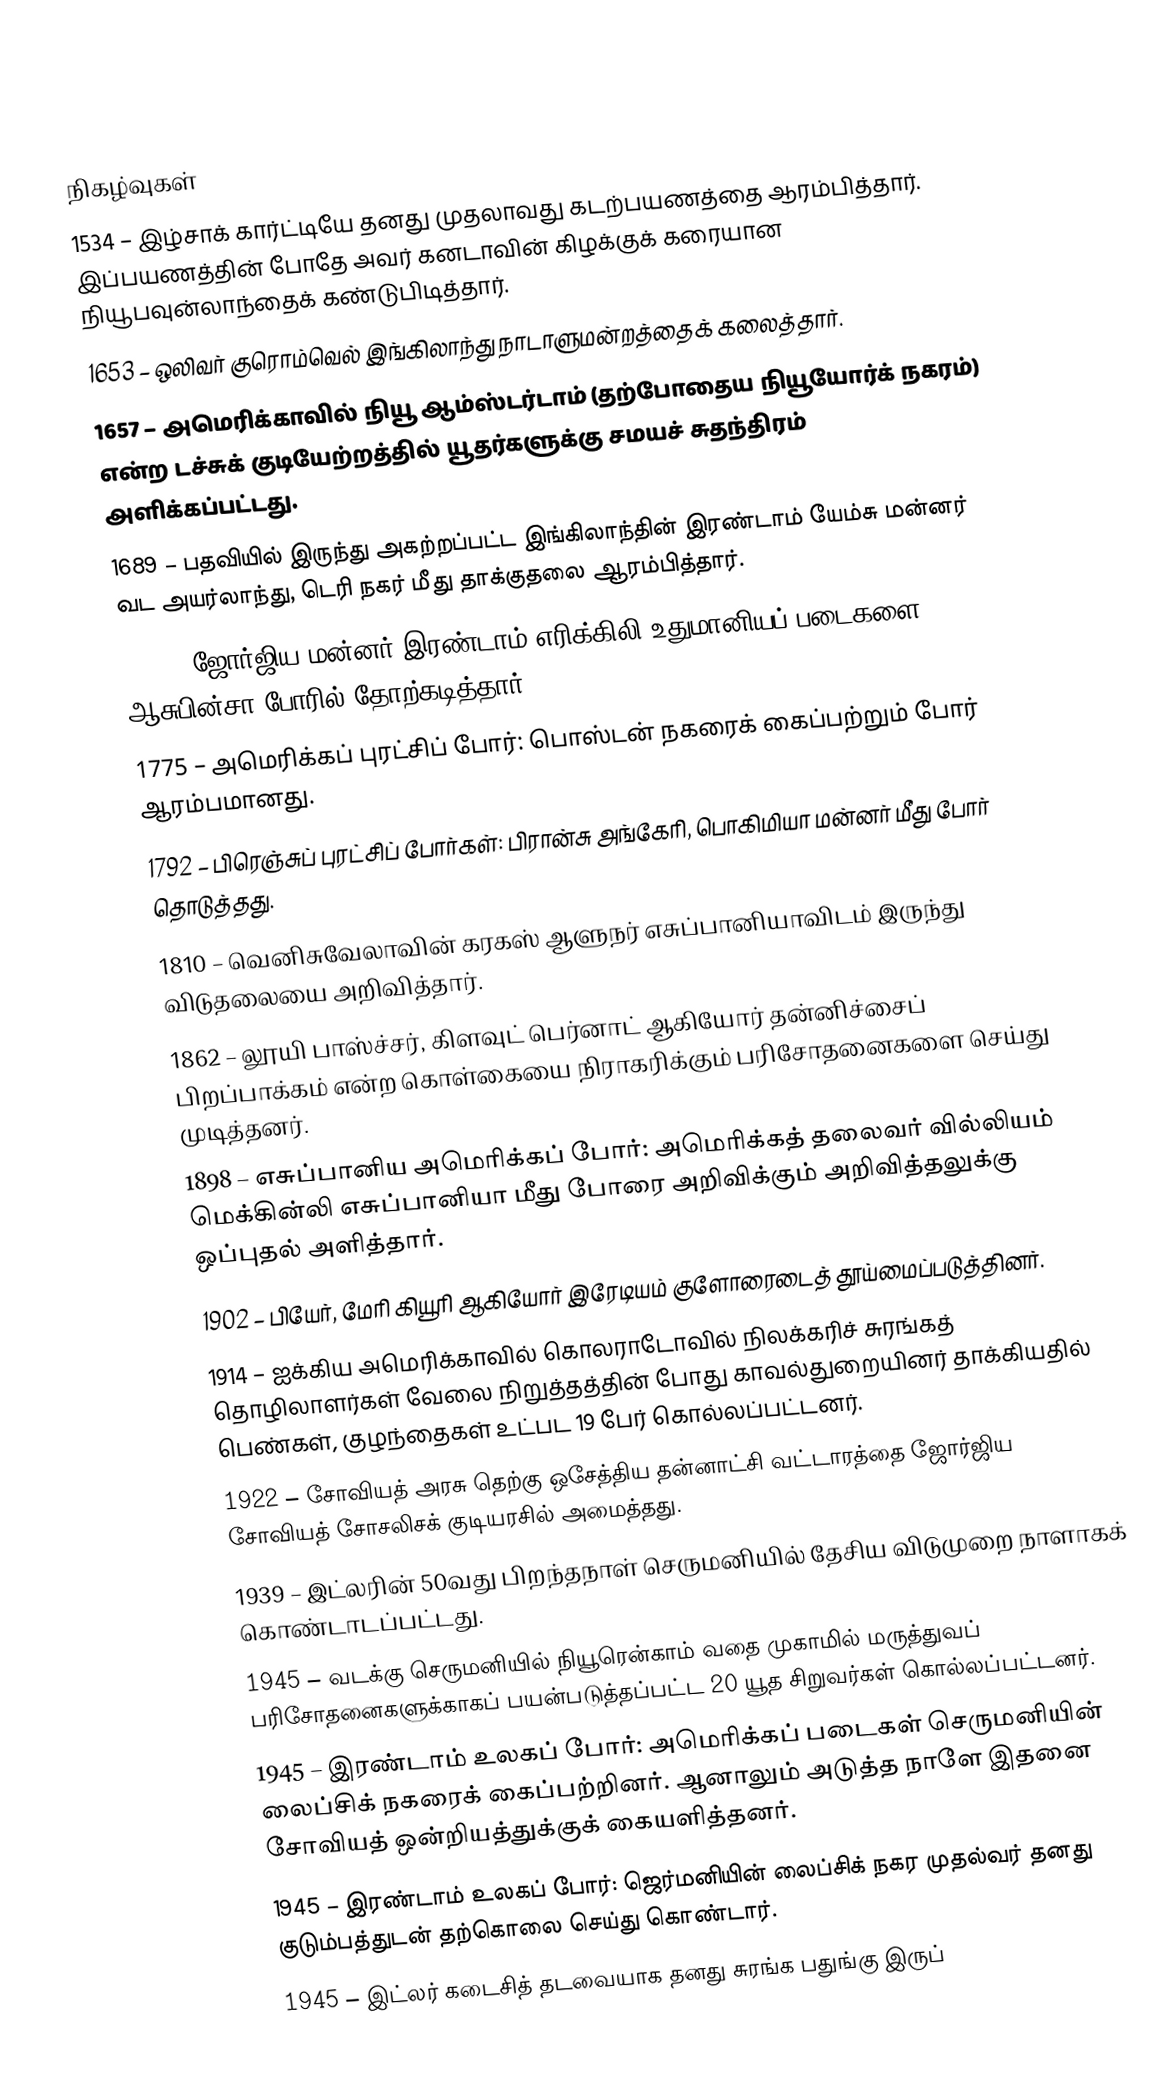

நிகழ்வுகள்
1534 – இழ்சாக் கார்ட்டியே தனது முதலாவது கடற்பயணத்தை ஆரம்பித்தார். இப்பயணத்தின் போதே அவர் கனடாவின் கிழக்குக் கரையான நியூபவுன்லாந்தைக் கண்டுபிடித்தார்.
1653 – ஒலிவர் குரொம்வெல் இங்கிலாந்து நாடாளுமன்றத்தைக் கலைத்தார்.
1657 – அமெரிக்காவில் நியூ ஆம்ஸ்டர்டாம் (தற்போதைய நியூயோர்க் நகரம்) என்ற டச்சுக் குடியேற்றத்தில் யூதர்களுக்கு சமயச் சுதந்திரம் அளிக்கப்பட்டது.
1689 – பதவியில் இருந்து அகற்றப்பட்ட இங்கிலாந்தின் இரண்டாம் யேம்சு மன்னர் வட அயர்லாந்து, டெரி நகர் மீது தாக்குதலை ஆரம்பித்தார்.
1770 – ஜோர்ஜிய மன்னர் இரண்டாம் எரிக்கிலி உதுமானியப் படைகளை ஆசுபின்சா போரில் தோற்கடித்தார்.
1775 – அமெரிக்கப் புரட்சிப் போர்: பொஸ்டன் நகரைக் கைப்பற்றும் போர் ஆரம்பமானது.
1792 – பிரெஞ்சுப் புரட்சிப் போர்கள்: பிரான்சு அங்கேரி, பொகிமியா மன்னர் மீது போர் தொடுத்தது.
1810 – வெனிசுவேலாவின் கரகஸ் ஆளுநர் எசுப்பானியாவிடம் இருந்து விடுதலையை அறிவித்தார்.
1862 – லூயி பாஸ்ச்சர், கிளவுட் பெர்னாட் ஆகியோர் தன்னிச்சைப் பிறப்பாக்கம் என்ற கொள்கையை நிராகரிக்கும் பரிசோதனைகளை செய்து முடித்தனர்.
1898 – எசுப்பானிய அமெரிக்கப் போர்: அமெரிக்கத் தலைவர் வில்லியம் மெக்கின்லி எசுப்பானியா மீது போரை அறிவிக்கும் அறிவித்தலுக்கு ஒப்புதல் அளித்தார்.
1902 – பியேர், மேரி கியூரி ஆகியோர் இரேடியம் குளோரைடைத் தூய்மைப்படுத்தினர்.
1914 – ஐக்கிய அமெரிக்காவில் கொலராடோவில் நிலக்கரிச் சுரங்கத் தொழிலாளர்கள் வேலை நிறுத்தத்தின் போது காவல்துறையினர் தாக்கியதில் பெண்கள், குழந்தைகள் உட்பட 19 பேர் கொல்லப்பட்டனர்.
1922 – சோவியத் அரசு தெற்கு ஒசேத்திய தன்னாட்சி வட்டாரத்தை ஜோர்ஜிய சோவியத் சோசலிசக் குடியரசில் அமைத்தது.
1939 – இட்லரின் 50வது பிறந்தநாள் செருமனியில் தேசிய விடுமுறை நாளாகக் கொண்டாடப்பட்டது.
1945 – வடக்கு செருமனியில் நியூரென்காம் வதை முகாமில் மருத்துவப் பரிசோதனைகளுக்காகப் பயன்படுத்தப்பட்ட 20 யூத சிறுவர்கள் கொல்லப்பட்டனர்.
1945 – இரண்டாம் உலகப் போர்: அமெரிக்கப் படைகள் செருமனியின் லைப்சிக் நகரைக் கைப்பற்றினர். ஆனாலும் அடுத்த நாளே இதனை சோவியத் ஒன்றியத்துக்குக் கையளித்தனர்.
1945 – இரண்டாம் உலகப் போர்: ஜெர்மனியின் லைப்சிக் நகர முதல்வர் தனது குடும்பத்துடன் தற்கொலை செய்து கொண்டார்.
1945 – இட்லர் கடைசித் தடவையாக தனது சுரங்க பதுங்கு இருப்